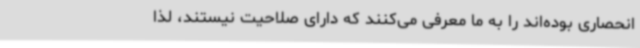
انحصاری بوده‌اند را به ما معرفی می‌کنند که دارای صلاحیت نیستند، لذا